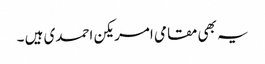
یہ بھی مقامی امریکن احمدی ہیں ۔